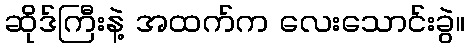
ဆိုဒ်ကြီးနဲ့ အထက်က လေးသောင်းခွဲ။